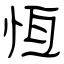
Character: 恆